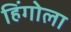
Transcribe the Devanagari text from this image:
हिंगोला